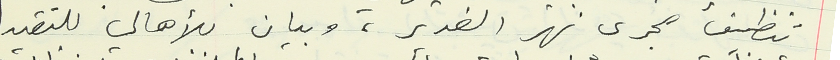
تنظيف مجرى نهر الغدير، وبيان للأهالي للتقيد